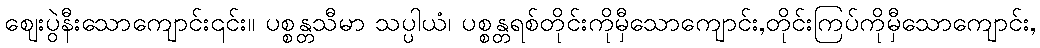
ဈေးပွဲနီးသောကျောင်း၎င်း။ ပစ္စန္တသီမာ သပ္ပါယံ၊ ပစ္စန္တရစ်တိုင်းကိုမှီသောကျောင်း,တိုင်းကြပ်ကိုမှီသောကျောင်း,